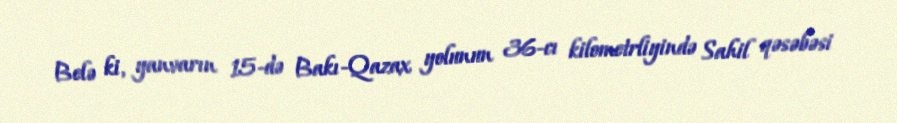
Belə ki, yanvarın 15-də Bakı-Qazax yolunun 36-cı kilometrliyində Sahil qəsəbəsi